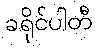
ခရိုင်ပါတီ